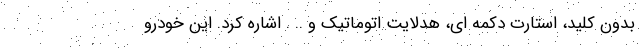
بدون کلید، استارت دکمه ای، هدلایت اتوماتیک و .. . اشاره کرد. این خودرو